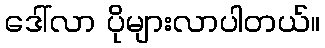
ဒေါ်လာ ပိုများလာပါတယ်။